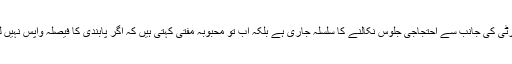
پی ڈی پی نے باضابطہ محاذ کھول رکھا ہے اور پارٹی کی جانب سے احتجاجی جلوس نکالنے کا سلسلہ جاری ہے بلکہ اب تو محبوبہ مفتی کہتی ہیں کہ اگر پابندی کا فیصلہ واپس نہیں لیاگیا تو احتجاجی تحریک میں شدت لائی جائے گی ۔